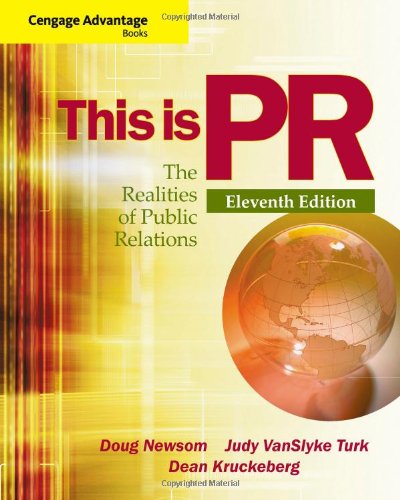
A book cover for Cengage Advantage Books: This is PR: The Realities of Public Relations (Wadsworth Series in Mass Communication and Journalism); Doug Newsom; Business & Money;